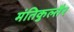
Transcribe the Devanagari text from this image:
मंतिकुल्तैर